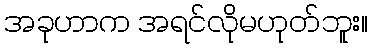
အခုဟာက အရင်လိုမဟုတ်ဘူး။